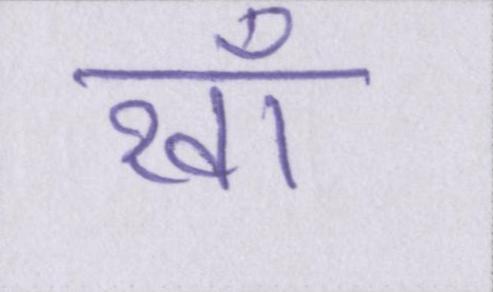
रवाँ